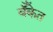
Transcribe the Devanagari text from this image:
बॅँकेत